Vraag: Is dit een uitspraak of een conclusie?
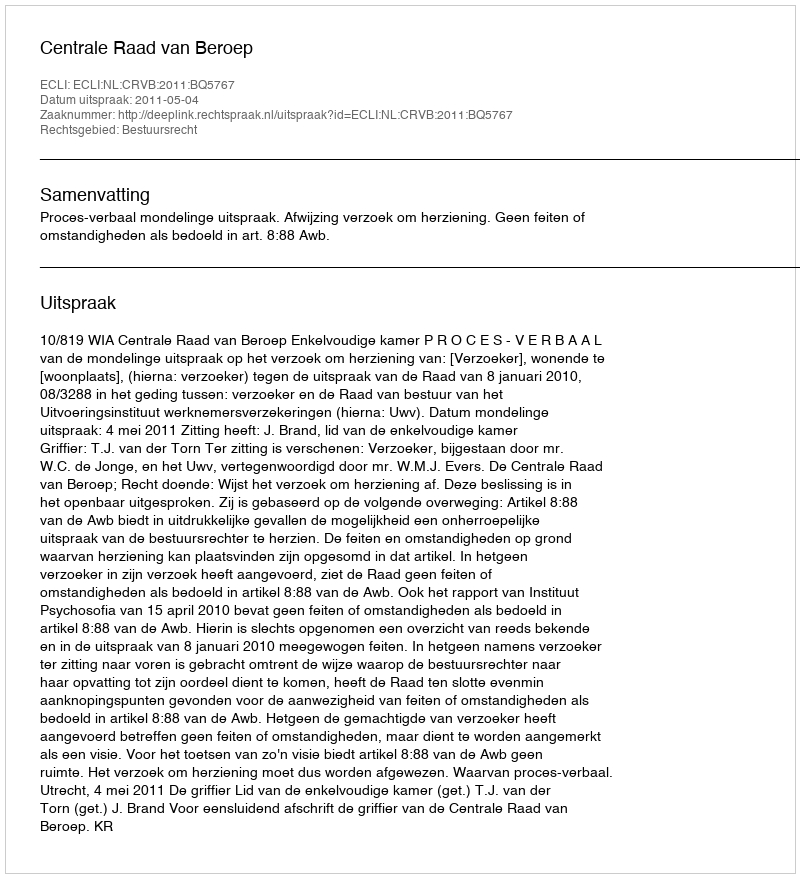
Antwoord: Uitspraak